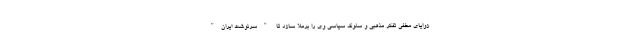
زوایای مخفی تفکر مذهبی و سلوک سیاسی وی را برملا سازد تا "سرنوشت ایران"